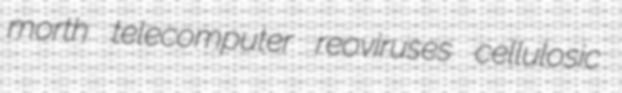
morth telecomputer reoviruses cellulosic